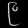
Digit: ၉